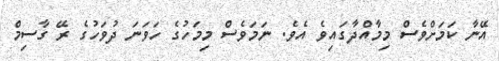
އޭނާ ކަމަށްވެސް މިމާއްދާގައިވެ އެވެ. ނަމަވެސް މިމަހުގެ ހަވަނަ ދުވަހުގެ ރޭ ގާސިމް